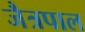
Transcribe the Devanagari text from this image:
जैत्रपाल